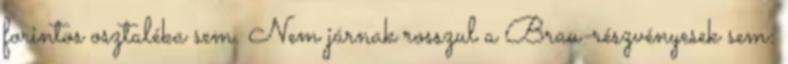
forintos osztaléka sem. Nem járnak rosszul a Brau-részvényesek sem: